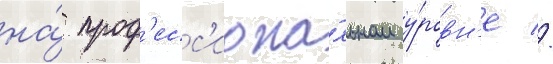
на́ проф'есс'иона́льном у́ровн'е //